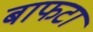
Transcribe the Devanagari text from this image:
बाफटा